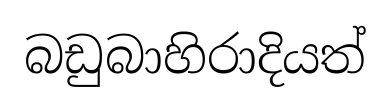
බඩුබාහිරාදියත්